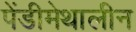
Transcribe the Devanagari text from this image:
पेंडीमेथालीन